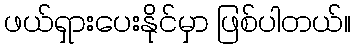
ဖယ်ရှားပေးနိုင်မှာ ဖြစ်ပါတယ်။